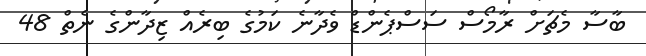
ބާސާ މެޗަށް ރާމޯސް ސަސްޕެންޑް ވެދާނެ ކަމުގެ ބިރެއް ޒިދާންގެ ނެތް 48